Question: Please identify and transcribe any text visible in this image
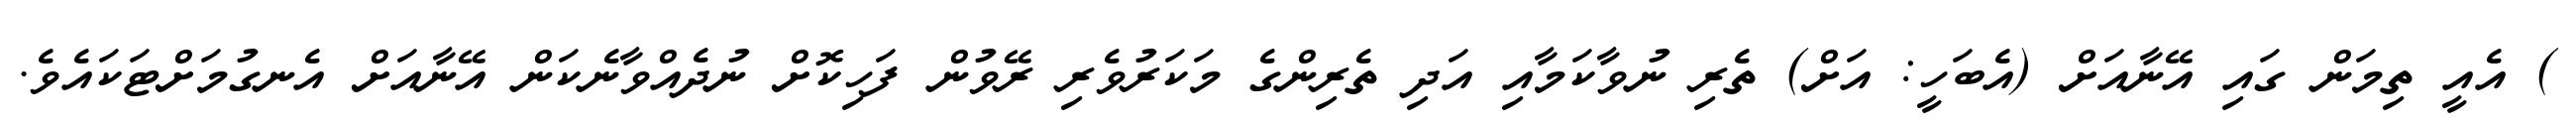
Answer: ) އެއީ ތިމަން ގައި އޭނާއަށް (އެބަހީ: އަށް) ތެރި ނުވާކަމާއި އަދި ތެރިންގެ މަކަރުވެރި ރޭވުން ފަހިކޮށް ނުދެއްވާނެކަން އޭނާއަށް އެނގުމަށްޓަކައެވެ.